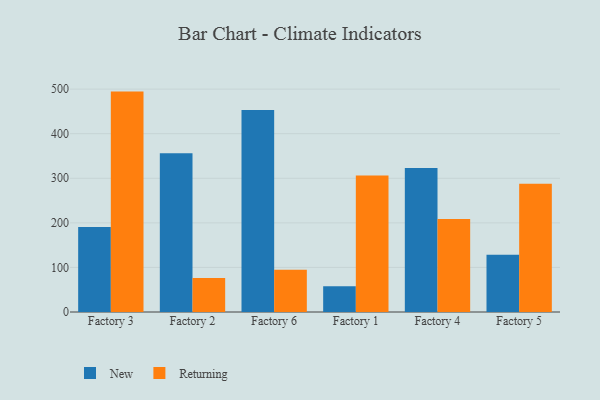
{"axis": {"x": "Factory", "y": "Gross Profit (USD K)"}, "legend": ["New", "Returning"], "data": [{"x": "Factory 3", "y": 190.6, "type": "New"}, {"x": "Factory 3", "y": 494.4, "type": "Returning"}, {"x": "Factory 2", "y": 355.9, "type": "New"}, {"x": "Factory 2", "y": 76.2, "type": "Returning"}, {"x": "Factory 6", "y": 453.3, "type": "New"}, {"x": "Factory 6", "y": 94.8, "type": "Returning"}, {"x": "Factory 1", "y": 57.5, "type": "New"}, {"x": "Factory 1", "y": 306.2, "type": "Returning"}, {"x": "Factory 4", "y": 322.9, "type": "New"}, {"x": "Factory 4", "y": 208.8, "type": "Returning"}, {"x": "Factory 5", "y": 128.7, "type": "New"}, {"x": "Factory 5", "y": 287.9, "type": "Returning"}]}